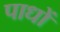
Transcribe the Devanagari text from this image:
पाधों